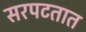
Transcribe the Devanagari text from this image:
सरपटतात